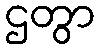
ဌတွာ